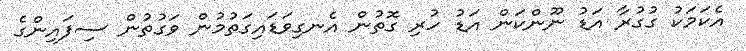
އެކަމަކު ގުގުރާ އަޑު ނޫންކަން އަޑު ހުރި ގޮތުން އެނގިވަޑައިގަތުމުން ވަގުތުން ސިފައިންގެ